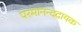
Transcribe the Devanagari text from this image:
परमानन्ददायक